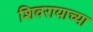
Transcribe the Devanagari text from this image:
शिवरायाच्या